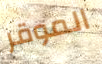
الموقر